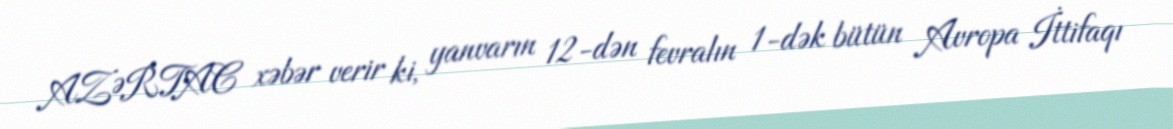
AZƏRTAC xəbər verir ki, yanvarın 12-dən fevralın 1-dək bütün Avropa İttifaqı